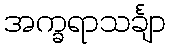
အက္ခရာသင်္ချာ